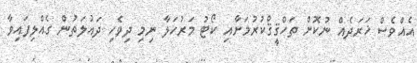
އެއްވެސް ޚަރަދެއް ނުކޮށް ތަހްޤީޤްކުރުމަށާއި ކޯޓު މަރުހަލާ ނިިމި ދިވެހި ދައުލަތުން ގެއްލިފައިވާ